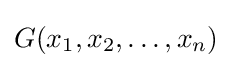
G(x_{1},x_{2},\ldots ,x_{n})